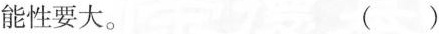
能性要大。 （）